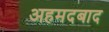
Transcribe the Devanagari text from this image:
अहमदबाद